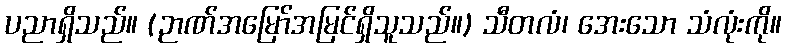
ပညာရှိသည်။ (ဉာဏ်အမြော်အမြင်ရှိသူသည်။) သီတလံ၊ အေးသော သံလုံးကို။